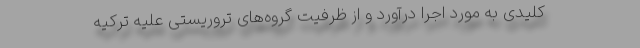
کلیدی به مورد اجرا درآورد و از ظرفیت گروه‌های تروریستی علیه ترکیه